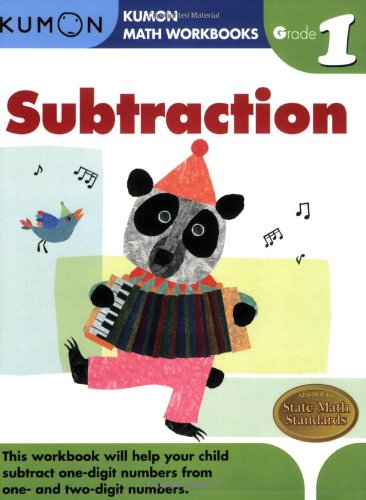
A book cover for Grade 1 Subtraction (Kumon Math Workbooks); Kumon Publishing; Children's Books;